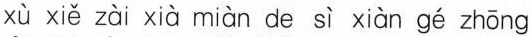
xù xiě zài xià miàn de sì xiàn gé zhōng